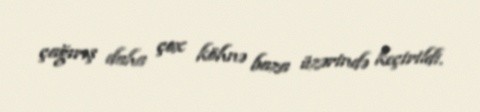
çağırış daha çox köhnə baza üzərində keçirildi.